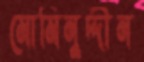
মোমিনুদ্দীন